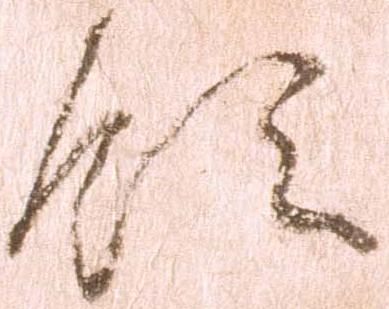
領